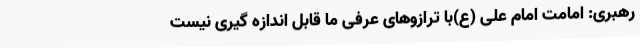
رهبری: امامت امام علی (ع)با ترازوهای عرفی ما قابل اندازه گیری نیست